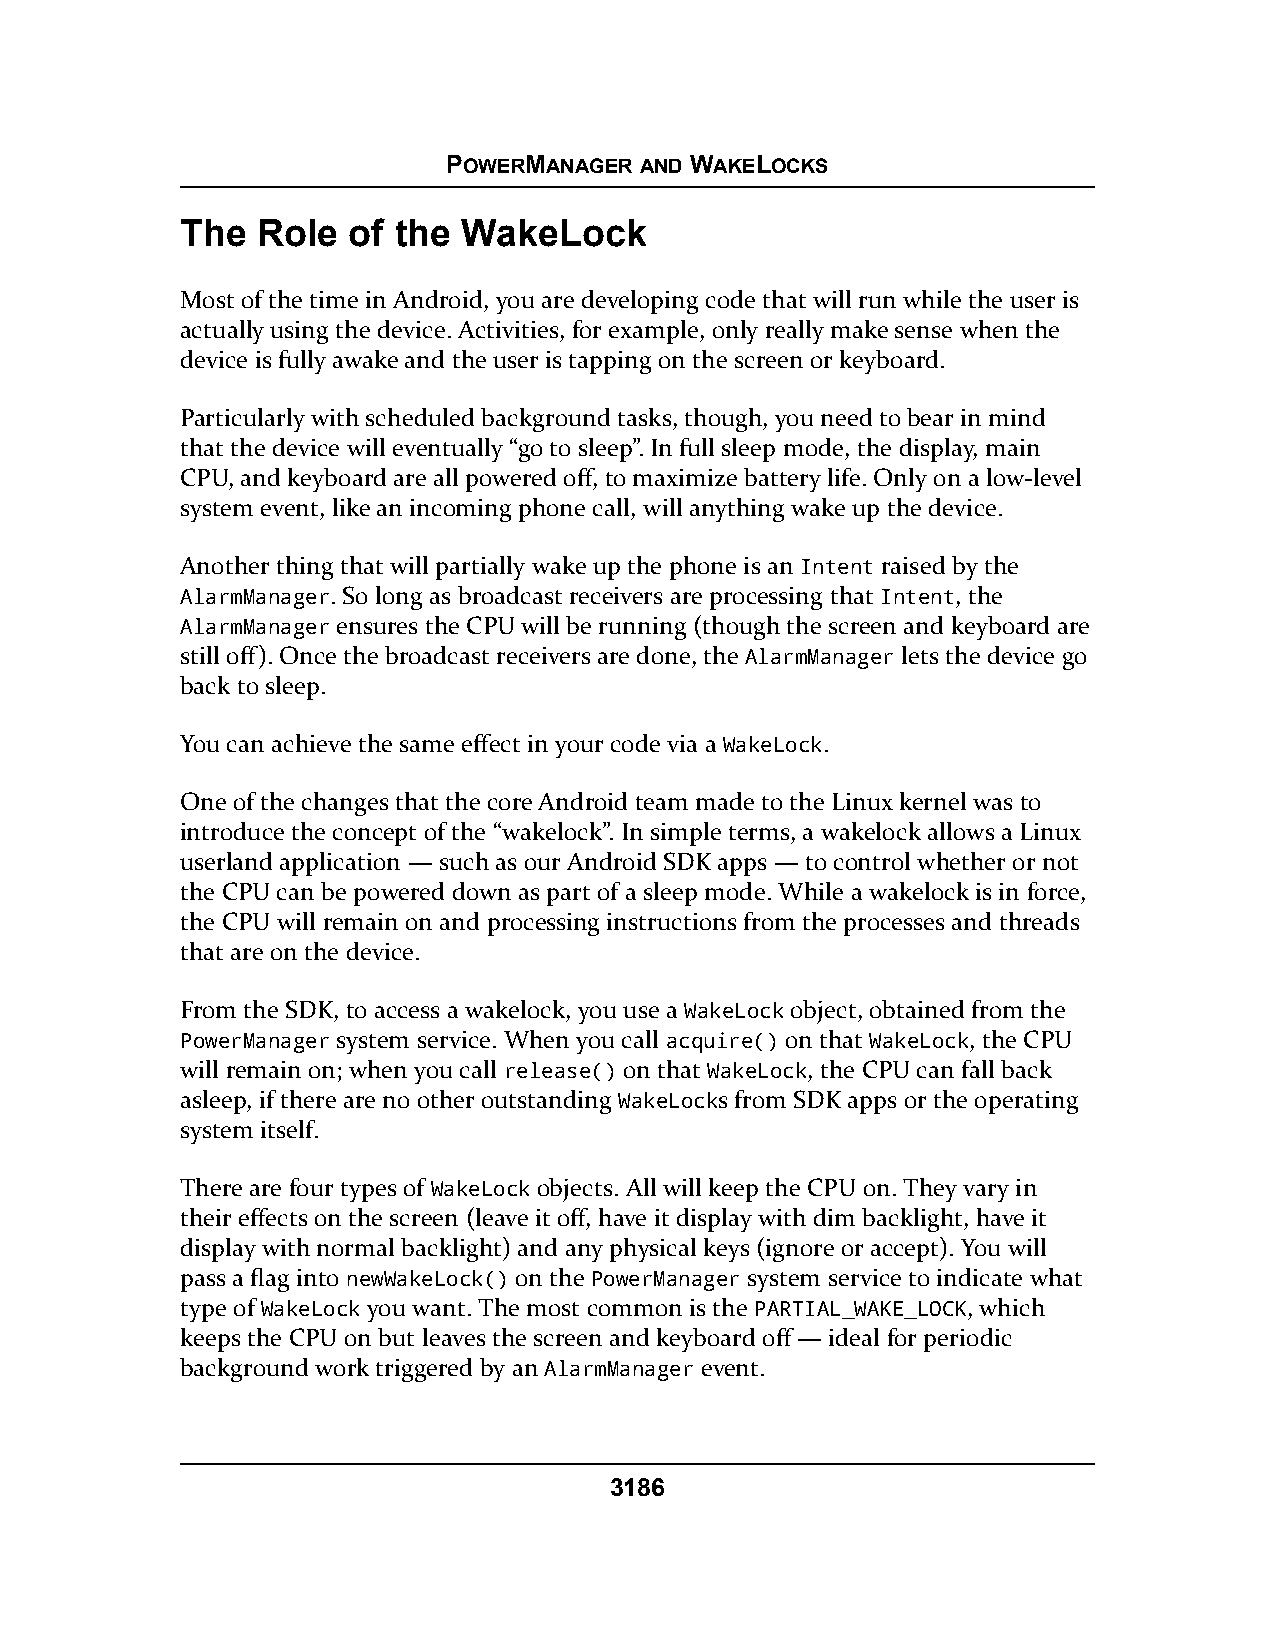
POWERMANAGER AND WAKELOCKS
 The  Role  of the  WakeLock
 Most of the time in Android, you are developing code that will run while the user is
 actually using the device. Activities, for example, only really make sense when the
 device is fully awake and the user is tapping on the screen or keyboard.
 Particularly with scheduled background tasks, though, you need to bear in mind
 that the device will eventually “go to sleep”. In full sleep mode, the display, main
 CPU, and keyboard are all powered off, to maximize battery life. Only on a low-level
 system event, like an incoming phone call, will anything wake up the device.
 Another thing that will partially wake up the phone is an Intent raised by the
 AlarmManager. So long as broadcast receivers are processing that Intent, the
 AlarmManager ensures the CPU will be running (though the screen and keyboard are
 still off). Once the broadcast receivers are done, the AlarmManager lets the device go
 back to sleep.
 You can achieve the same effect in your code via a WakeLock.
 One of the changes that the core Android team made to the Linux kernel was to
 introduce the concept of the “wakelock”. In simple terms, a wakelock allows a Linux
 userland application — such as our Android SDK apps — to control whether or not
 the CPU can be powered down as part of a sleep mode. While a wakelock is in force,
 the CPU will remain on and processing instructions from the processes and threads
 that are on the device.
 From the SDK, to access a wakelock, you use a WakeLock object, obtained from the
 PowerManager system service. When you call acquire() on that WakeLock, the CPU
 will remain on; when you call release() on that WakeLock, the CPU can fall back
 asleep, if there are no other outstanding WakeLocks from SDK apps or the operating
 system itself.
 There are four types of WakeLock objects. All will keep the CPU on. They vary in
 their effects on the screen (leave it off, have it display with dim backlight, have it
 display with normal backlight) and any physical keys (ignore or accept). You will
 pass a flag into newWakeLock() on the PowerManager system service to indicate what
 type of WakeLock you want. The most common is the PARTIAL_WAKE_LOCK, which
 keeps the CPU on but leaves the screen and keyboard off — ideal for periodic
 background work triggered by an AlarmManager event.
 3186